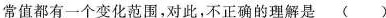
常值都有一个变化范围，对此，不正确的理解是()